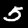
Digit: 5